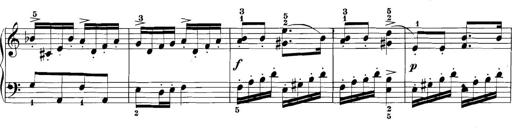
Title: 3 Sonatinas
Composer: Carl Reinecke